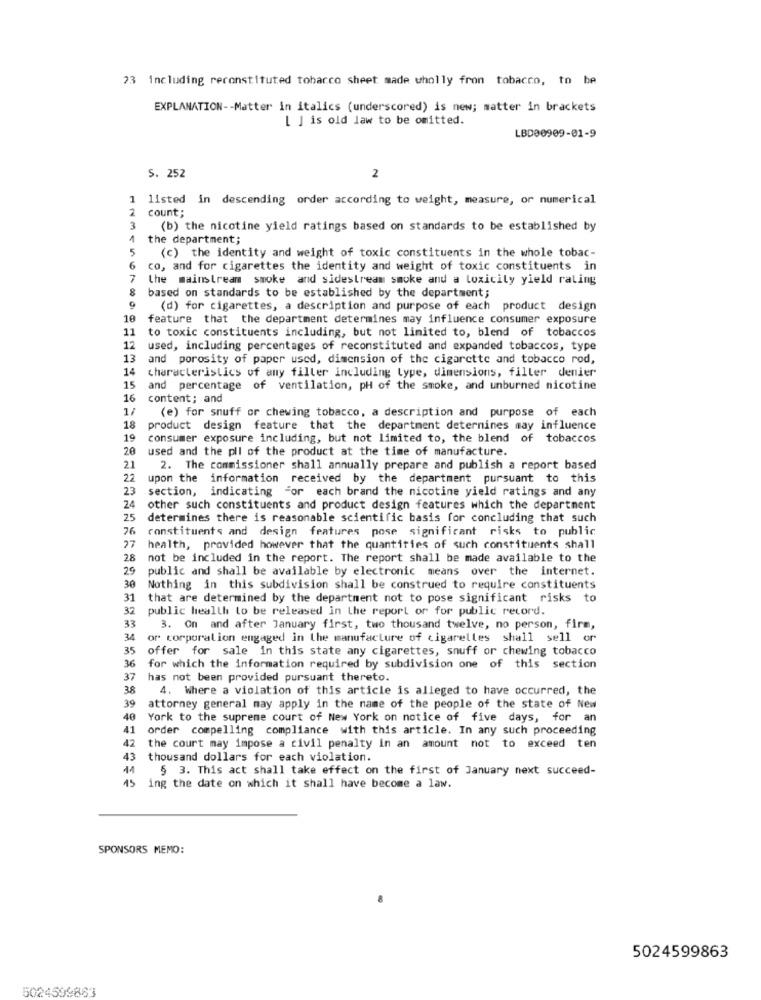
23 including reconstituted tobacco sheet made wholly fron tobacco, to be
EXPLANATION -- Matter in italics (underscored) is new; matter in brackets
[ ] is old law to be omitted.
LBD00909-01-9
S. 252
2
1 listed in descending order according to weight, measure, or numerical
2
count;
3
(b) the nicotine yield ratings based on standards to be established by
1
the department;
5
(c) the identity and weight of toxic constituents in the whole tobac-
6
co, and for cigarettes the identity and weight of toxic constituents in
7
the mainstream smoke and sidestream smoke and a toxicity yield rating
8
based on standards to be established by the department;
9
(d) for cigarettes, a description and purpose of each product design
10
feature that the department determines may influence consumer exposure
11
to toxic constituents including, but not limited to, blend of tobaccos
12
used, including percentages of reconstituted and expanded tobaccos, type
13
and porosity of paper used, dimension of the cigarette and tobacco rod,
14 characteristics of any filler including type, dimensions, filler denier
15
and percentage of ventilation, pH of the smoke, and unburned nicotine
16
content; and
1/
(e) for snuff or chewing tobacco, a description and purpose of each
18
product design feature that the department deternines may influence
19
consumer exposure including, but not limited to, the blend of tobaccos
20
used and the pll of the product at the time of manufacture.
21
2. The commissioner shall annually prepare and publish a report based
22
upon the information received by the department pursuant to this
23
section, indicating For each brand the nicotine yield ratings and any
24
other such constituents and product design features which the department
25
determines there is reasonable scientific basis for concluding that such
76
constituents and design features pose significant risks to public
27
health, provided however that the quantities of such constituents shall
28
not be included in the report. The report shall be made available to the
29
public and shall be available by electronic means over the internet.
30
Nothing in this subdivision shall be construed to require constituents
31
that are determined by the department not to pose significant risks to
32
public health to be released in the report or for public record.
33
3. On and after January first, two thousand twelve, no person, firm,
34
or corporalion engaged in the manufacture of cigarelles shall sell or
35
offer for sale in this state any cigarettes, snuff or chewing tobacco
36
for which the information required by subdivision one of this section
37
has not been provided pursuant thereto.
38
4. Where a violation of this article is alleged to have occurred, the
39
attorney general may apply in the name of the people of the state of New
40
York to the supreme court of New York on notice of five days, for an
41
order compelling compliance with this article. In any such proceeding
42
the court may impose a civil penalty in an amount not to exceed ten
43
thousand dollars for each violation.
14
§ 3. This act shall take effect on the first of January next succeed-
15 ing the date on which it shall have become a law.
SPONSORS MEMO:
5024599863
5024599863